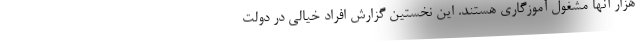
هزار آنها مشغول آموزگاری هستند. این نخستین گزارش افراد خیالی در دولت